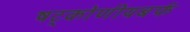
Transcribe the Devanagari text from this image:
षट्कोणीयबर्फ